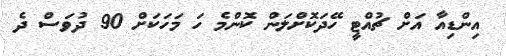
އިންޑިއާ އަށް ޗުއްޓީ ހޭދަކޮށްލަން ކޮންމެ ހަ މަހަކަށް 90 ދުވަސް ދެ